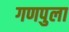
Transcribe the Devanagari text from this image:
गणपुला